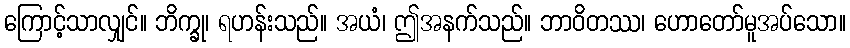
ကြောင့်သာလျှင်။ ဘိက္ခု၊ ရဟန်းသည်။ အယံ၊ ဤအနက်သည်။ ဘာဝိတဿ၊ ဟောတော်မူအပ်သော။